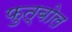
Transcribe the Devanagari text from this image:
फुत्बोल